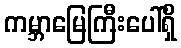
ကမ္ဘာမြေကြီးပေါ်ရှိ